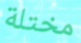
مختلة